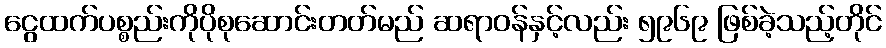
ငွေထက်ပစ္စည်းကိုပိုစုဆောင်းတတ်မည် ဆရာဝန်နှင့်လည်း ၅၉၆၉ ဖြစ်ခဲ့သည့်တိုင်